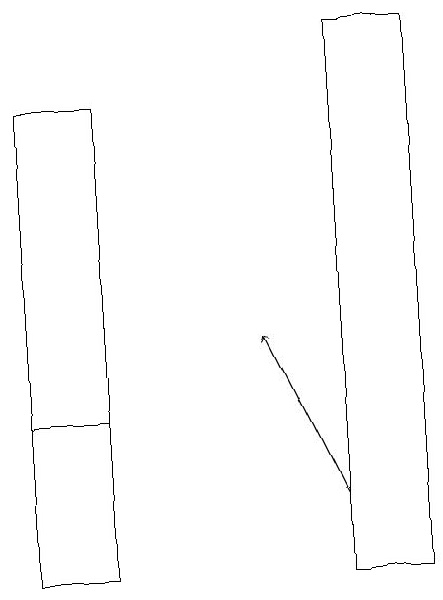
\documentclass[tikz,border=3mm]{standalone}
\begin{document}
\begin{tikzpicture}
\draw (5,18) rectangle (4,11);
\draw (1,13) rectangle (0,11);
\draw[->] (4,12) -- (3,14);
\draw (0,13) rectangle (1,17);
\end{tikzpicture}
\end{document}